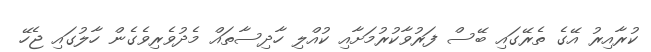
ކުރާއިރު އޭގެ ތެރޭގައި ބޭސް ފަރުވާކުރުމަށާއި ކުއްލި ހާދިސާތައް މެދުވެރިވެގެން ހާލުގައި ޖެހޭ